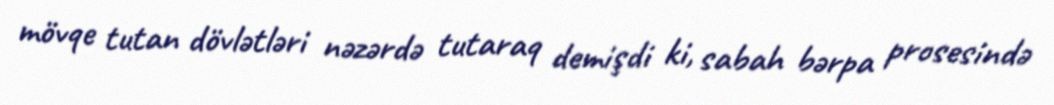
mövqe tutan dövlətləri nəzərdə tutaraq demişdi ki, sabah bərpa prosesində